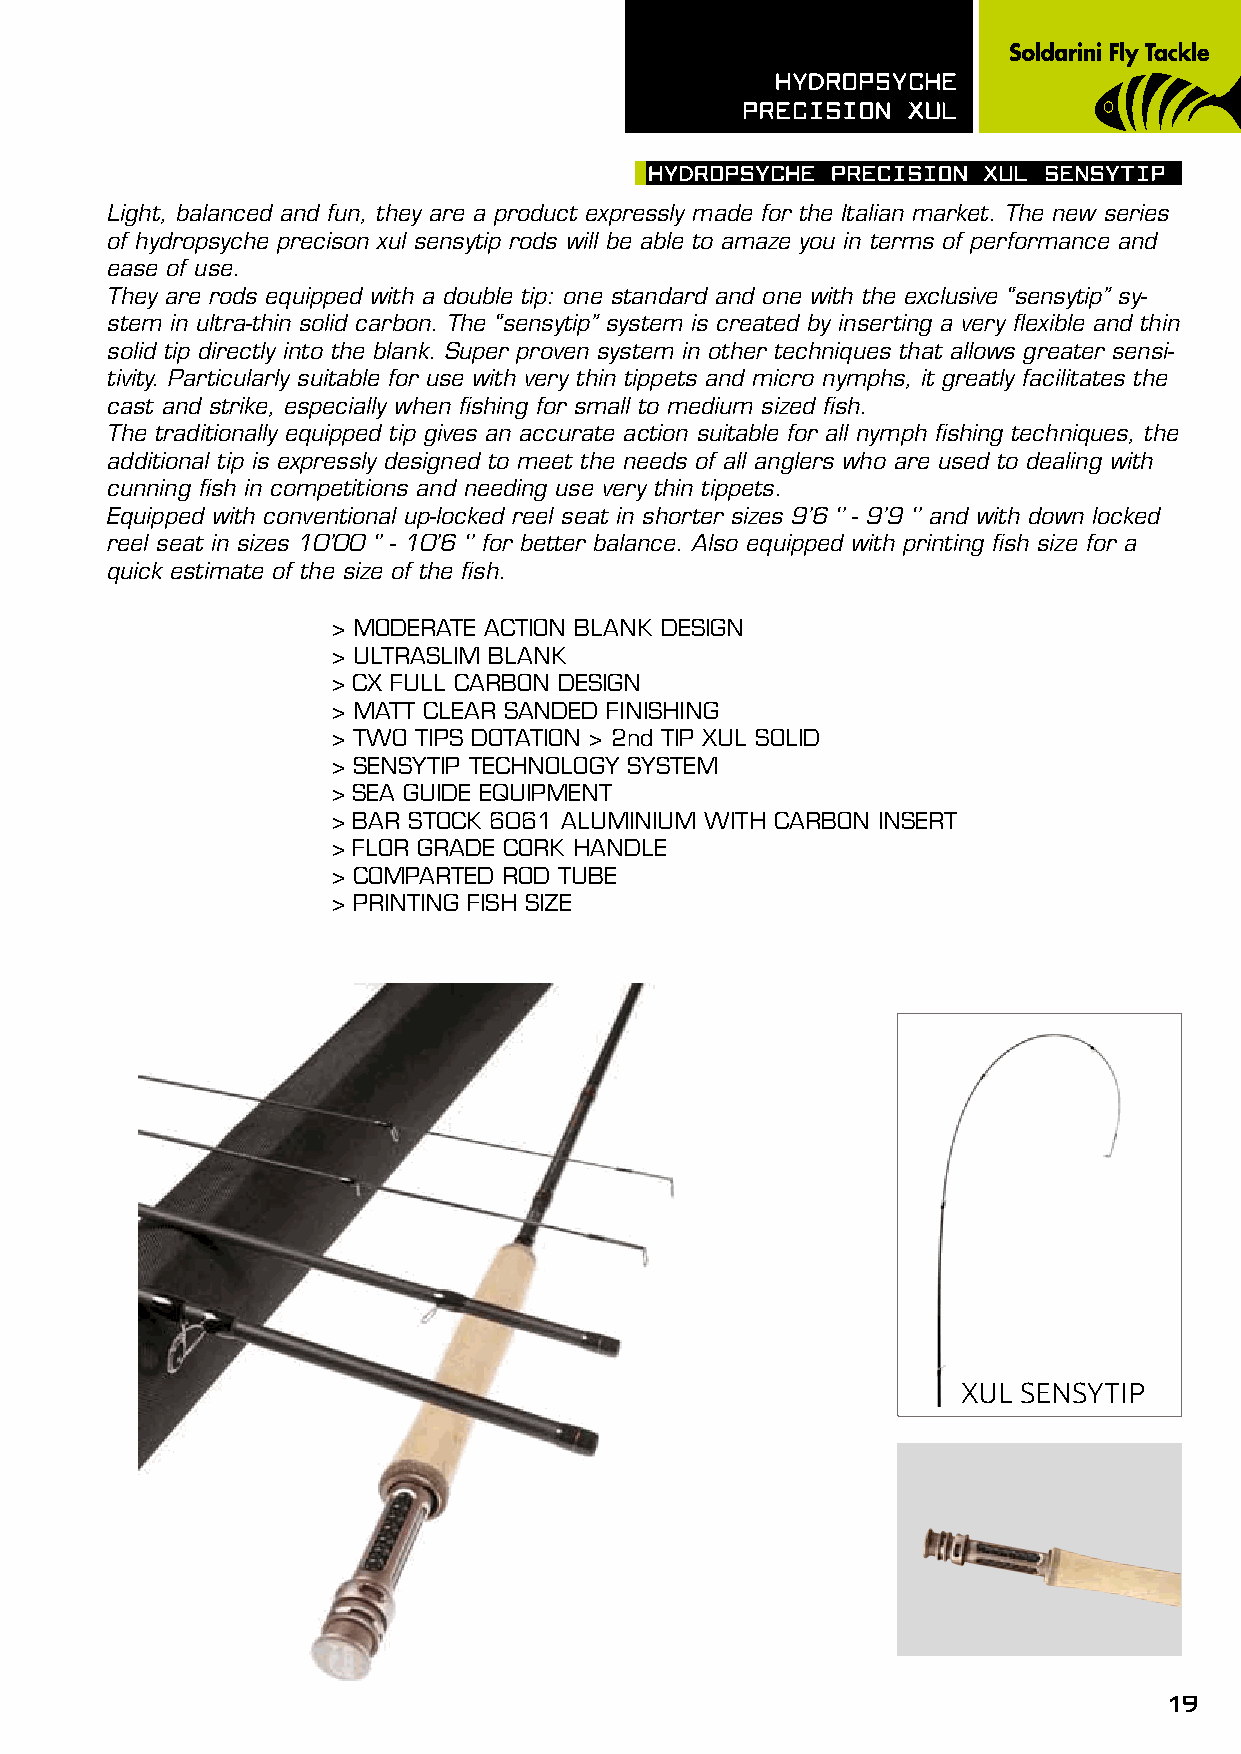
hydROpsyChE
 pRECIsIOn  XUL
 hydROpsyChE pRECIsIOn XUL sEnsyTIp
 Light, balanced and fun, they are a product expressly made for the Italian market. The new series
 of hydropsyche precison xul sensytip rods will be able to amaze you in terms of performance and
 ease of use.
 They are rods equipped with a double tip: one standard and one with the exclusive “sensytip” sy-
 stem in ultra-thin solid carbon. The “sensytip” system is created by inserting a very flexible and thin
 solid tip directly into the blank. Super proven system in other techniques that allows greater sensi-
 tivity. Particularly suitable for use with very thin tippets and micro nymphs, it greatly facilitates the
 cast and strike, especially when fishing for small to medium sized fish.
 The traditionally equipped tip gives an accurate action suitable for all nymph fishing techniques, the
 additional tip is expressly designed to meet the needs of all anglers who are used to dealing with
 cunning fish in competitions and needing use very thin tippets.
 Equipped with conventional up-locked reel seat in shorter sizes 9’6 ‘’ - 9’9 ‘’ and with down locked
 reel seat in sizes 10’00 ‘’ - 10’6 ‘’ for better balance. Also equipped with printing fish size for a
 quick estimate of the size of the fish.
 > MODERATE ACTION BLANK DESIGN
 > ULTRASLIM BLANK
 > CX FULL CARBON DESIGN
 > MATT CLEAR SANDED FINISHING
 > TWO TIPS DOTATION > 2nd TIP XUL SOLID
 > SENSYTIP TECHNOLOGY SYSTEM
 > SEA GUIDE EQUIPMENT
 > BAR STOCK 6061 ALUMINIUM WITH CARBON INSERT
 > FLOR GRADE CORK HANDLE
 > COMPARTED ROD TUBE
 > PRINTING FISH SIZE
 XUL SENSYTIP
 19